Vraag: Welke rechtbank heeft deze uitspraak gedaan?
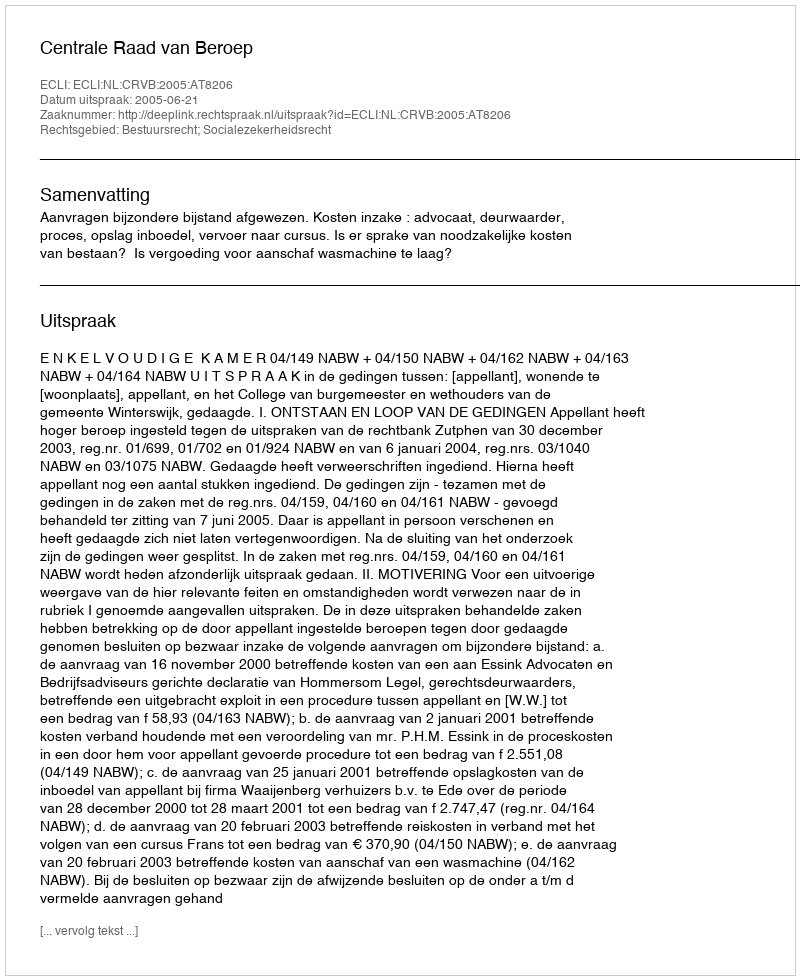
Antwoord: Centrale Raad van Beroep